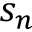
s _ { n }